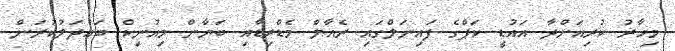
މިހާރު ކުރިއަށްދާ އައުޑީ ކަޕްގެ ފައިނަލްގައި ރެއާލް މެޑްރިޑާއި ބަޔާން މިއުނިކް ބައްދަލުކުރަން